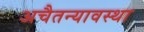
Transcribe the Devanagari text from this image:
अचैतन्यावस्था